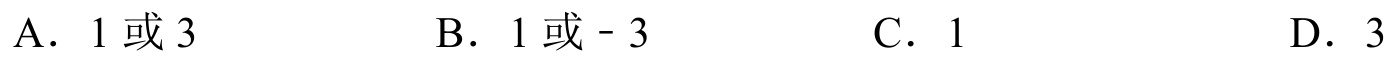
A．$1$或$3$  B．$1$或$-3$  C．$1$  D．$3$